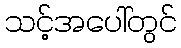
သင့်အပေါ်တွင်